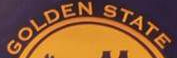
GOLDEN STATE